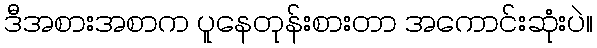
ဒီအစားအစာက ပူနေတုန်းစားတာ အကောင်းဆုံးပဲ။